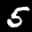
Label: 5